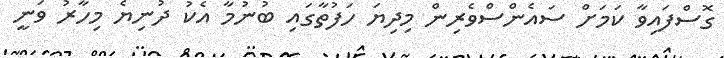
ގޮސްފައިވާ ކަމަށް ސައެންސްވެރިން މިދިޔަ ހަފުތާގައި ބުނުމާ އެކު ދުނިޔެ މިހާރު ވަނީ